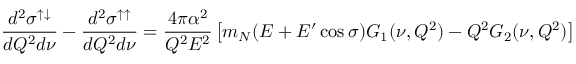
\frac { d ^ { 2 } \sigma ^ { \uparrow \downarrow } } { d Q ^ { 2 } d \nu } - \frac { d ^ { 2 } \sigma ^ { \uparrow \uparrow } } { d Q ^ { 2 } d \nu } = \frac { 4 \pi \alpha ^ { 2 } } { Q ^ { 2 } E ^ { 2 } } \left[ m _ { N } ( E + E ^ { \prime } \cos \sigma ) G _ { 1 } ( \nu , Q ^ { 2 } ) - Q ^ { 2 } G _ { 2 } ( \nu , Q ^ { 2 } ) \right]